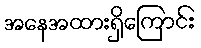
အနေအထားရှိကြောင်း